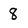
Character: 8